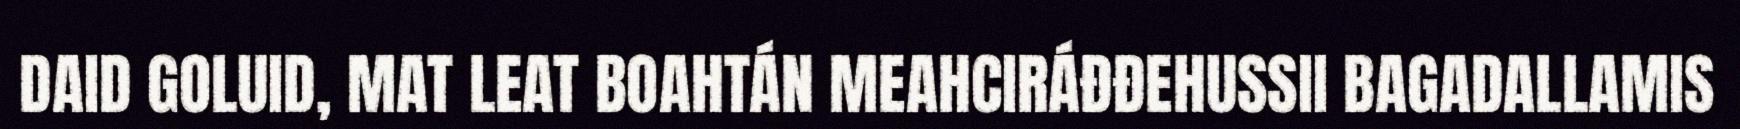
DAID GOLUID, MAT LEAT BOAHTÁN MEAHCIRÁĐĐEHUSSII BAGADALLAMIS